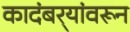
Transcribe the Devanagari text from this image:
कादंबर्‍यांवरून